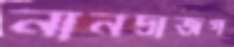
নানদ্রাজগ